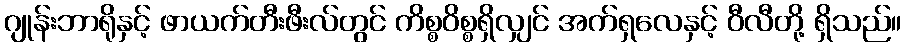
ဂျုန်းဘာရိုနှင့် ဖာယက်တီးဖီးလ်တွင် ကိစ္စဝိစ္စရှိလျှင် အက်ရှလေနှင့် ဝီလီတို့ ရှိသည်။